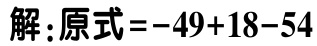
解:原式\(=-49 + 18 - 54\)